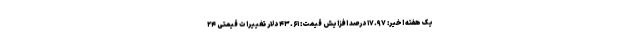
یک هفته اخیر: ۱۷.۹۷ درصد افزایش قیمت: ۴۳.۶۱ دلار تغییرات قیمتی ۲۴